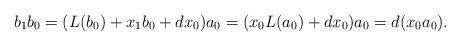
LaTeX: \begin{align*}b_1b_0&=(L(b_0)+x_1b_0+dx_0)a_0=(x_0L(a_0)+dx_0)a_0=d(x_0a_0).\end{align*}